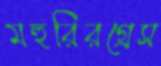
মহুরিরগ্রেস